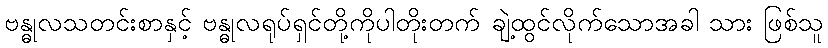
ဗန္ဓုလသတင်းစာနှင့် ဗန္ဓုလရုပ်ရှင်တို့ကိုပါတိုးတက် ချဲ့ထွင်လိုက်သောအခါ သား ဖြစ်သူ